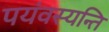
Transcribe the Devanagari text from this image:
पयंवस्यन्ति